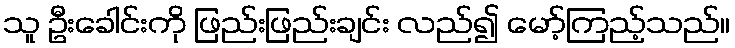
သူ ဦးခေါင်းကို ဖြည်းဖြည်းချင်း လည်၍ မော့်ကြည့်သည်။